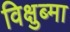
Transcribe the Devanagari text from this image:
विक्षुब्मा